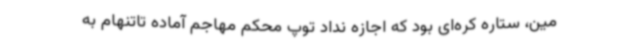
مین، ستاره کره‌ای بود که اجازه نداد توپ محکم مهاجم آماده تاتنهام به